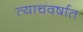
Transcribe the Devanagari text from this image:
त्याचवर्षात